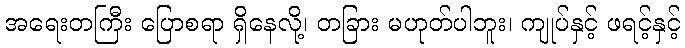
အရေးတကြီး ပြောစရာ ရှိနေလို့၊ တခြား မဟုတ်ပါဘူး၊ ကျုပ်နှင့် ဖရင့်နှင့်